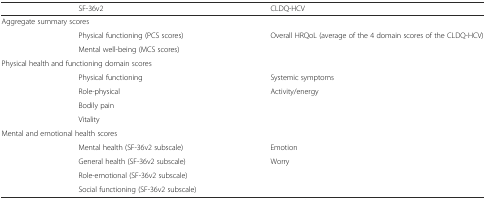
<table><thead><tr><td></td><td><b>SF-36v2</b></td><td><b>CLDQ-HCV</b></td></tr></thead><tbody><tr><td colspan="3">Aggregate summary scores</td></tr><tr><td rowspan="2"></td><td>Physical functioning (PCS scores)</td><td>Overall HRQoL (average of the 4 domain scores of the CLDQ-HCV)</td></tr><tr><td>Mental well-being (MCS scores)</td><td></td></tr><tr><td colspan="3">Physical health and functioning domain scores</td></tr><tr><td rowspan="4"></td><td>Physical functioning</td><td>Systemic symptoms</td></tr><tr><td>Role-physical</td><td>Activity/energy</td></tr><tr><td>Bodily pain</td><td></td></tr><tr><td>Vitality</td><td></td></tr><tr><td colspan="3">Mental and emotional health scores</td></tr><tr><td rowspan="4"></td><td>Mental health (SF-36v2 subscale)</td><td>Emotion</td></tr><tr><td>General health (SF-36v2 subscale)</td><td>Worry</td></tr><tr><td>Role-emotional (SF-36v2 subscale)</td><td></td></tr><tr><td>Social functioning (SF-36v2 subscale)</td><td></td></tr></tbody></table>